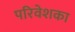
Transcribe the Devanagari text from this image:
परिवेशका